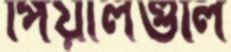
পিয়ালগুলি